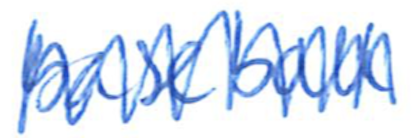
Text: baseball
Cross-out: zig-zag
Writing tool: ballpoint